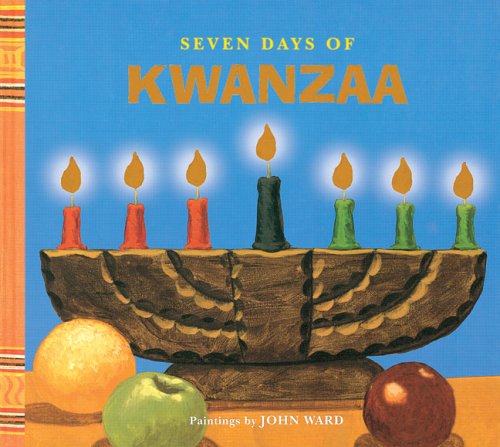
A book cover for Seven Days of Kwanzaa (Holiday Step Book); Ella Grier; Children's Books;